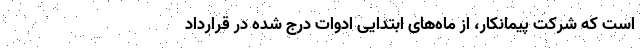
است که شرکت پیمانکار، از ماه‌های ابتدایی ادوات درج شده در قرارداد